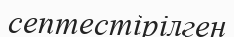
септестірілген